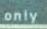
only